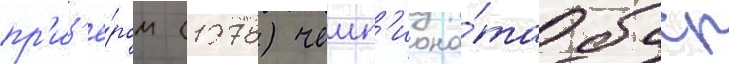
пр'из'ё́ром (1978) чемп'иона́та бсср